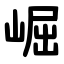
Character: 崛